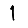
Digit: 1